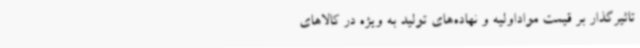
تاثیرگذار بر قیمت مواداولیه و نهاده‌های تولید به ویژه در کالاهای